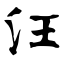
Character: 汪